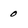
Character: 0